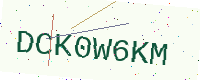
Text: DCK0W6KM